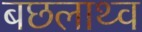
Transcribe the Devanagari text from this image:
बछलाथ्व